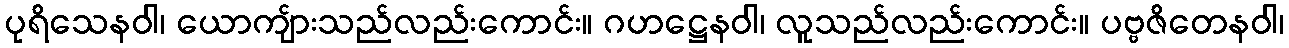
ပုရိသေနဝါ၊ ယောကျ်ားသည်လည်းကောင်း။ ဂဟဋ္ဌေနဝါ၊ လူသည်လည်းကောင်း။ ပဗ္ဗဇိတေနဝါ၊